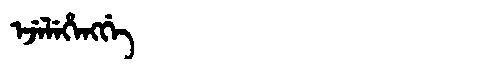
Manchu: ᡝᠵᡝᠯᡝᡥᡝᠩᡤᡝ
Romanization: EJELEHENGGE